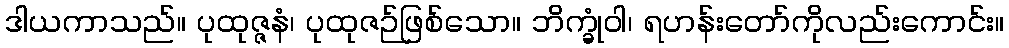
ဒါယကာသည်။ ပုထုဇ္ဇနံ၊ ပုထုဇဉ်ဖြစ်သော။ ဘိက္ခုံဝါ၊ ရဟန်းတော်ကိုလည်းကောင်း။